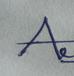
Signature authenticity: genuine